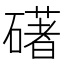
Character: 𥖛